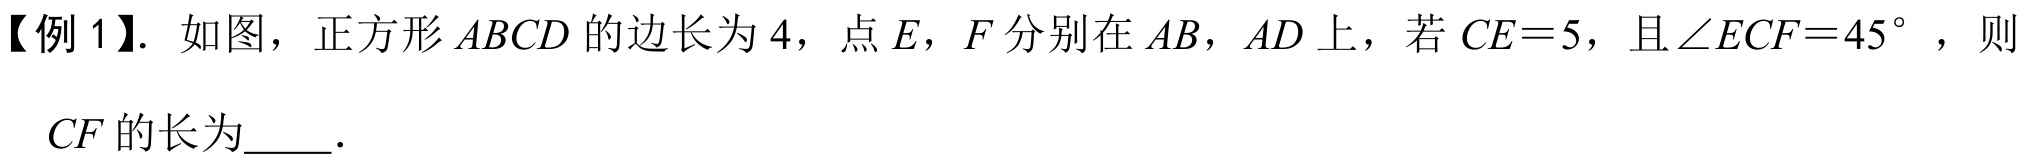
【例1】. 如图，正方形\(ABCD\)的边长为\(4\)，点\(E\)，\(F\)分别在\(AB\)，\(AD\)上，若\(CE = 5\)，且\(\angle ECF=45^{\circ}\)，则

\(CF\)的长为  ．